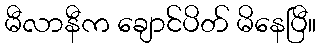
မီလာနီက ချောင်ပိတ် မိနေပြီ။